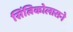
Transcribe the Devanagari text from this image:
सिंत्निकोलासने